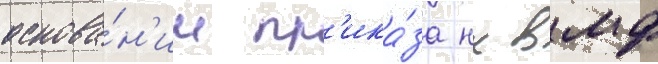
основа́н'ии пр'ика́за нк вмф